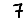
Digit: 7